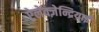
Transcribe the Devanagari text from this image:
ऐलेक्ज़ेन्द्रियाई